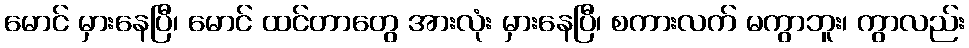
မောင် မှားနေပြီ၊ မောင် ထင်တာတွေ အားလုံး မှားနေပြီ၊ စကားလက် မကွာဘူး၊ ကွာလည်း